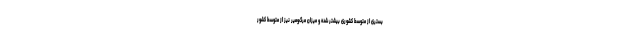
بستری از متوسط کشوری بیشتر شده و میزان مرگ‌ومیر نیز از متوسط کشور